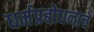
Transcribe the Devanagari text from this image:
धर्मप्रबोधनाचे